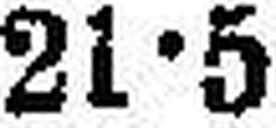
21•5